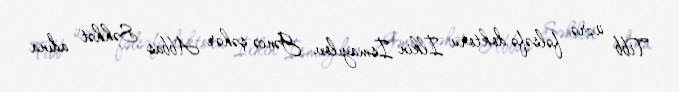
Tibb üzrə fəlsəfə doktoru İlkin İsmayılov Gəncə şəhər Abbas Səhhət adına